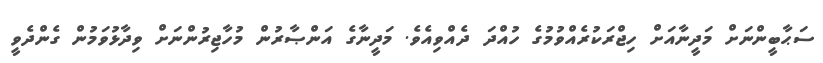
ސަޙާބީންނަށް މަދީނާއަށް ހިޖްރަކުރެއްވުމުގެ ހުއްދަ ދެއްވިއެވެ. މަދީނާގެ އަންޞާރުން މުހާޖިރުންނަށް ވިދާޅުވަމުން ގެންދެވީ